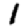
Digit: 1